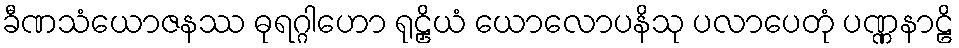
ခီဏသံယောဇနဿ ဓုရဂ္ဂါဟော ရုဠှိယံ ယောလောပနိသု ပလာပေတုံ ပဏ္ဏနာဠိ